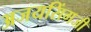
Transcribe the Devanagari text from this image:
अजयसिंगजी